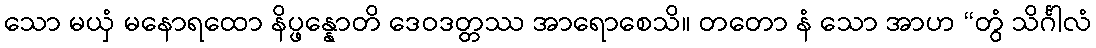
သော မယှံ မနောရထော နိပ္ဖန္နောတိ ဒေဝဒတ္တဿ အာရောစေသိ။ တတော နံ သော အာဟ “တွံ သိင်္ဂါလံ